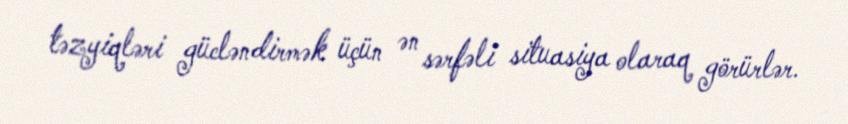
təzyiqləri gücləndirmək üçün ən sərfəli situasiya olaraq görürlər.